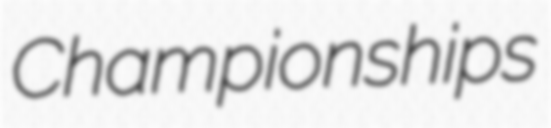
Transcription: Championships